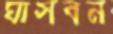
ঘাসবন